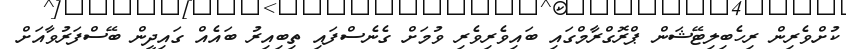
ކުށްވެރިން ރިހެބިލިޓޭޝަން ޕްރޮގްރާމްގައި ބައިވެރިވެރި ވުމަށް ގެނެސްފައި ތިބިއިރު ބައެއް ގައިދީން ބޭސްފަރުވާއަށް